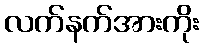
လက်နက်အားကိုး